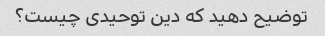
توضیح دهید که دین توحیدی چیست؟